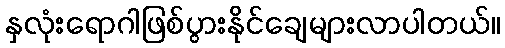
နှလုံးရောဂါဖြစ်ပွားနိုင်ချေများလာပါတယ်။